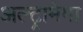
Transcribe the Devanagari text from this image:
अल्ट्रामेगा